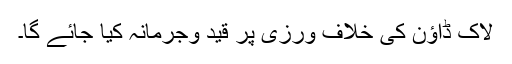
لاک ڈاؤن کی خلاف ورزی پر قید وجرمانہ کیا جائے گا۔